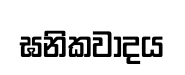
ඝනිකවාදය